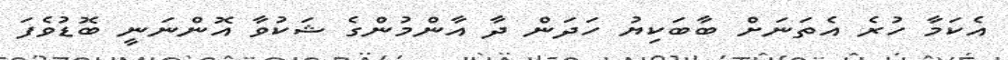
އެކަމާ ހުރެ އެތަނަށް ބާބަކިޔު ހަދަން ދާ އާންމުންގެ ޝަކުވާ އޮންނަނީ ބޮޑުވެފަ